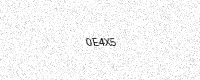
Text: 0E4X5